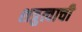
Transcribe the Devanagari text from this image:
शत्रुत्वाची